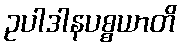
ဥပါဒါနပစ္စယာတိ